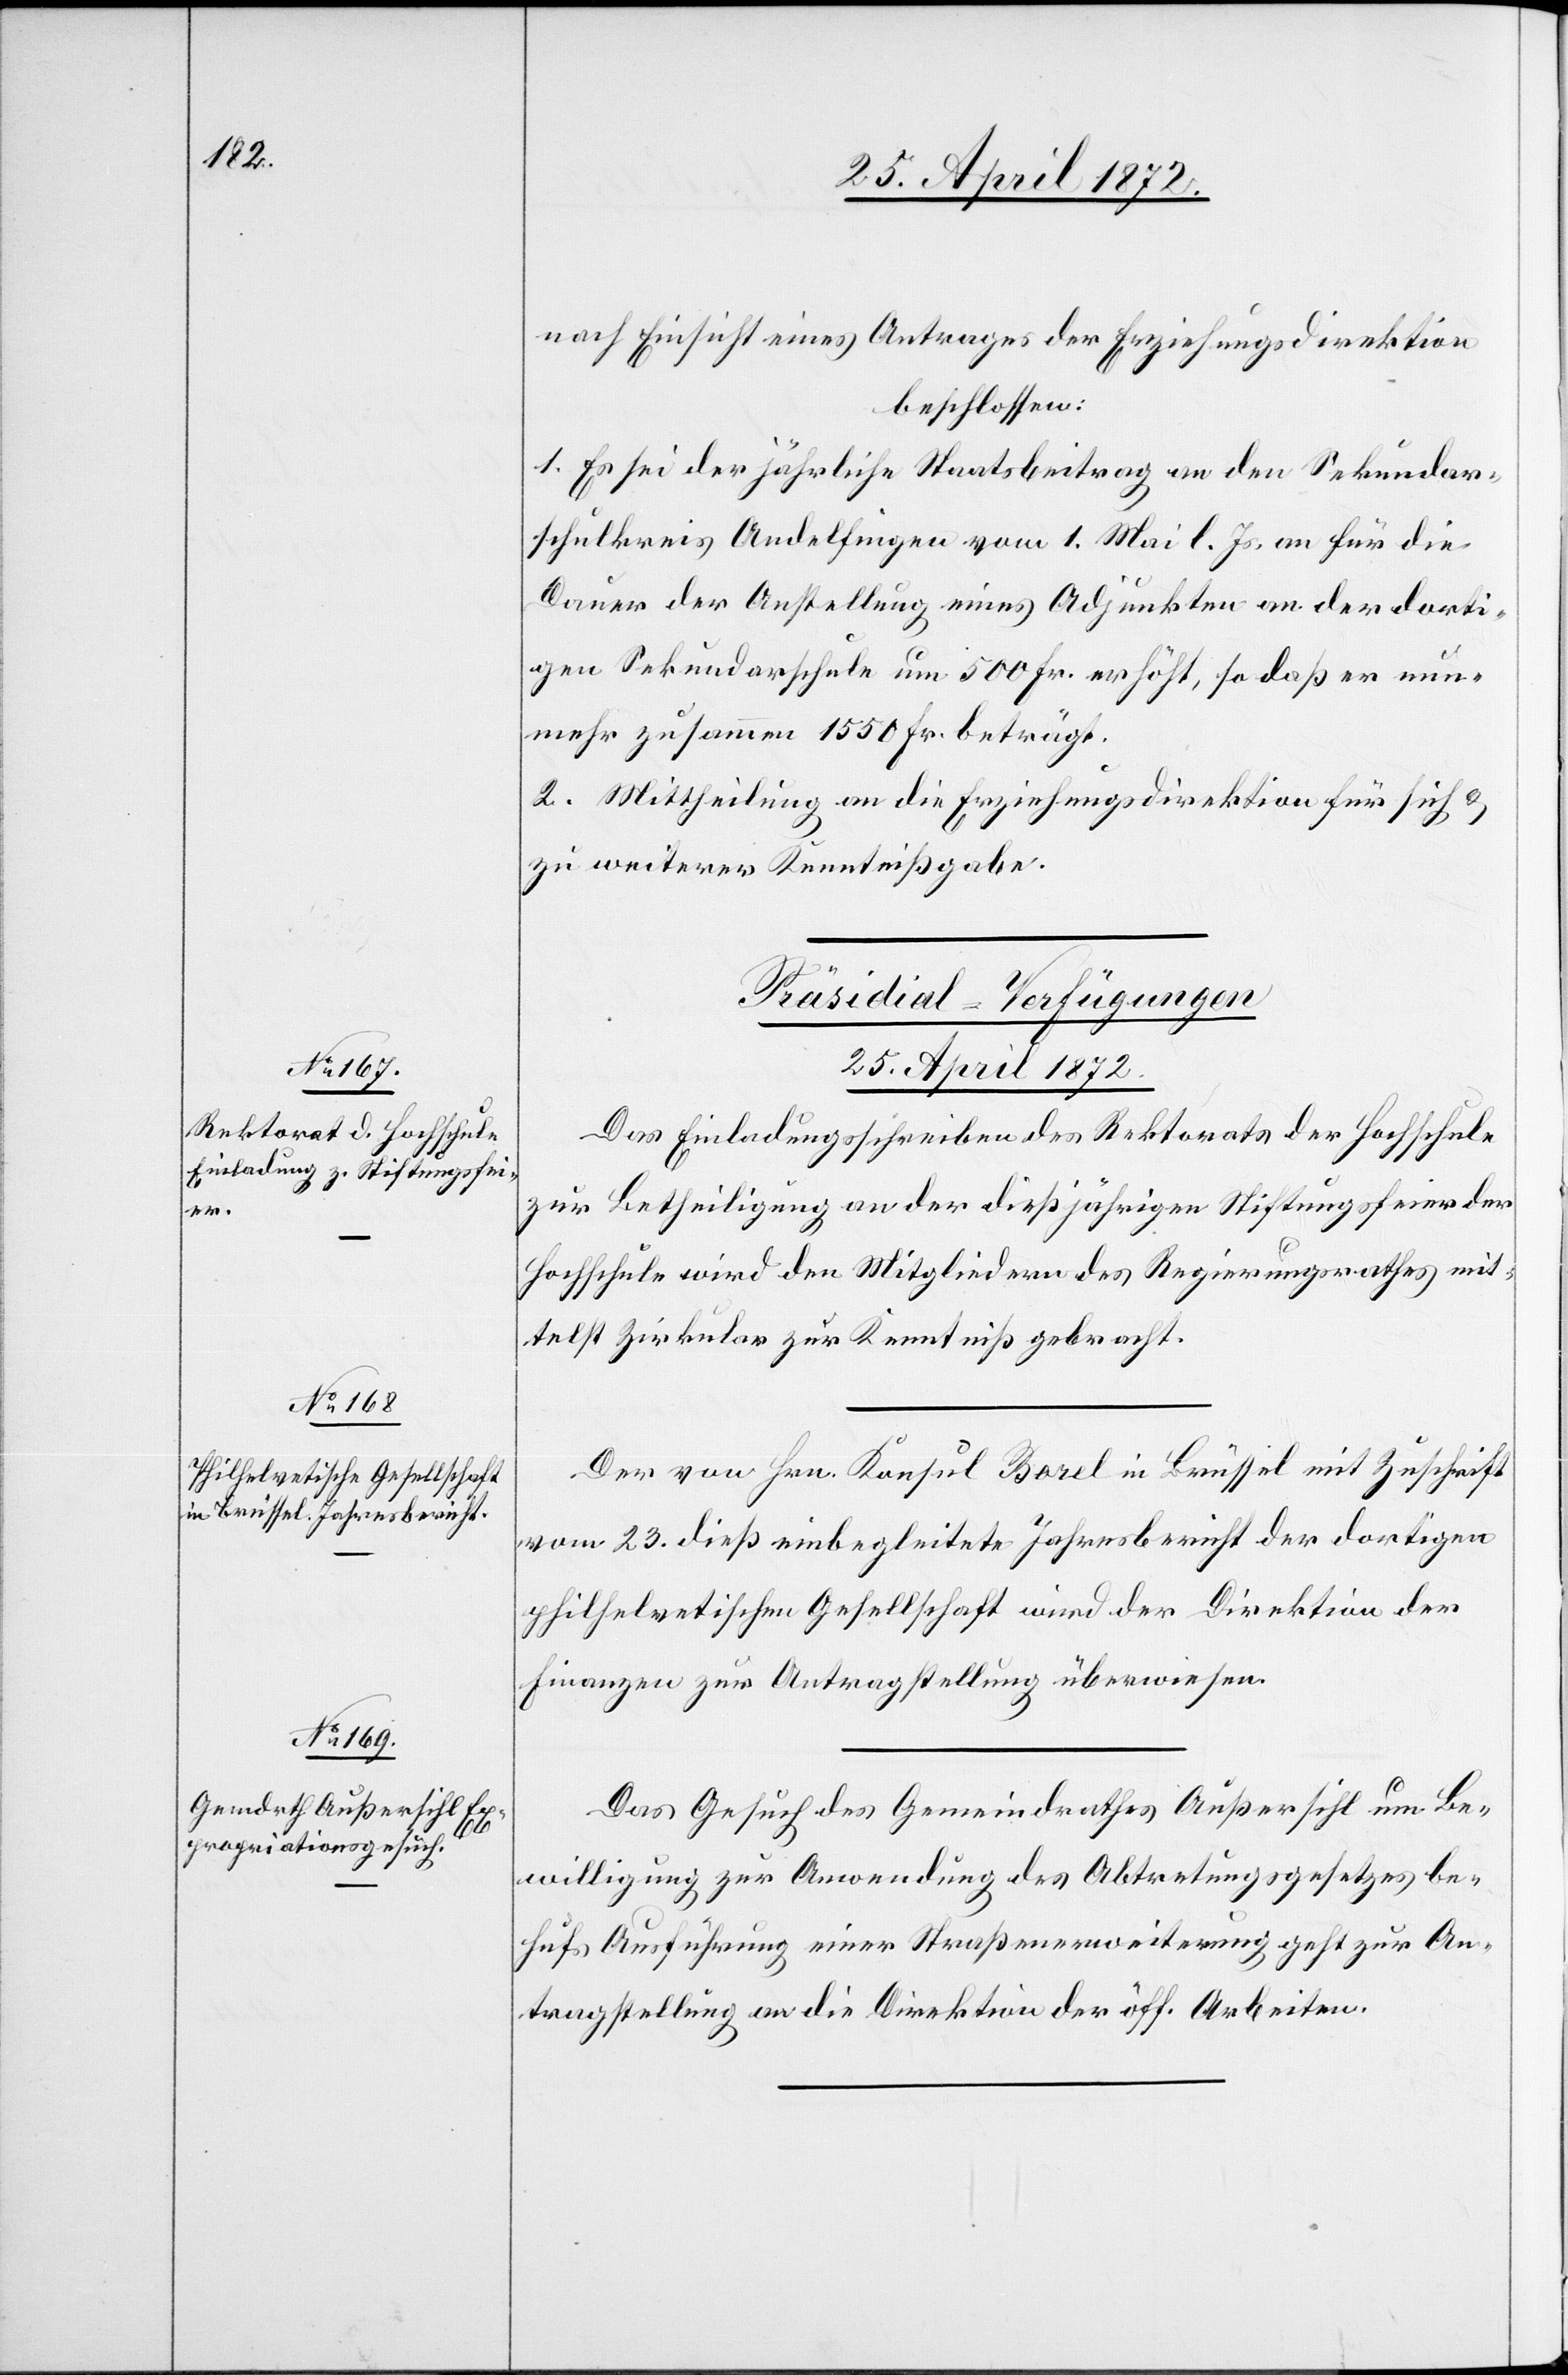
25. April 1872.]
nach Einsicht eines Antrages der Erziehungsdirektion
beschlossen:
1. Es sei der jährliche Staatsbeitrag an den Sekundar¬
schulkreis Andelfingen vom 1. Mai l. Js. an für die
Dauer der Anstellung eines Adjunkten an der dorti¬
gen Sekundarschule um 500 Fr. erhöht, so daß er nun¬
mehr zusammen 1550 Fr. beträgt.
2. Mittheilung an die Erziehungsdirektion für sich u.
zu weiterer Kenntnißgabe.
[Präsidial-Verfügungen
25. April 1872.
Das Einladungsschreiben des Rektorats der Hochschule
zur Betheiligung an der dießjährigen Stiftungsfeier der
Hochschule wird den Mitgliedern des Regierungsrathes mit¬
telst Zirkular zur Kenntniß gebracht.
Der von Hrn. Konsul Borel in Brüssel mit Zuschrift
vom 23. dieß einbegleitete Jahresbericht der dortigen
philhelvetischen Gesellschaft wird der Direktion der
Finanzen zur Antragstellung überwiesen.
Das Gesuch des Gemeindrathes Außersihl um Be¬
willigung zur Anwendung des Abtretungsgesetzes be¬
hufs Ausführung einer Straßenerweiterung geht zur An¬
tragstellung an die Direktion der öff. Arbeiten.